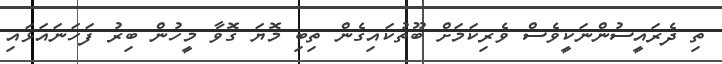
ތި ދެރައީސުންނަކީވެސް ވެރިކަމަށް ބޫތުކައިގެން ތިބި މޮޔަ ގޮވާ މީހުން ބިރު ފަހަނައަޅައި